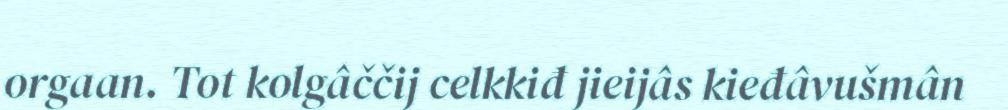
orgaan. Tot kolgâččij celkkiđ jieijâs kieđâvušmân